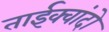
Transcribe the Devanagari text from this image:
ताईक्वांदो